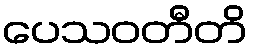
ပေသဝတီတိ